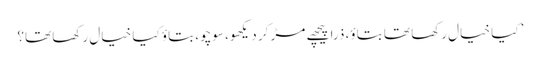
’ کیا خیال رکھا تھا بتاؤ، ذرا پیچھے مڑ کر دیکھو، سوچو، بتاؤ کیا خیال رکھا تھا؟